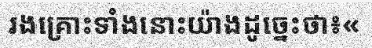
រងគ្រោះទាំងនោះយ៉ាងដូច្នេះថា៖«